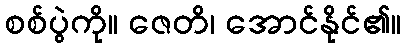
စစ်ပွဲကို။ ဇေတိ၊ အောင်နိုင်၏။